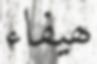
ھيفاء